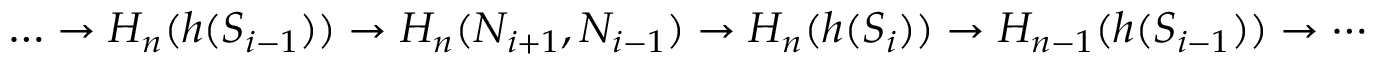
\begin{array} { r } { \dots \to H _ { n } ( h ( S _ { i - 1 } ) ) \to H _ { n } ( N _ { i + 1 } , N _ { i - 1 } ) \to H _ { n } ( h ( S _ { i } ) ) \to H _ { n - 1 } ( h ( S _ { i - 1 } ) ) \to \cdots } \end{array}